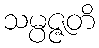
သမ္ပဇ္ဇတိ